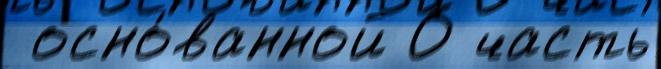
 осно́ванной О часть